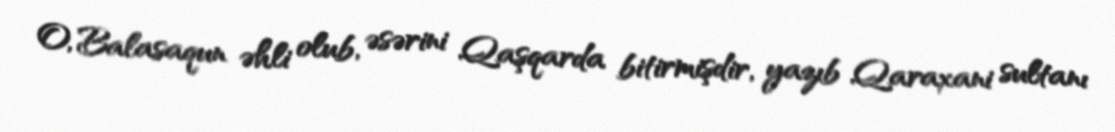
O, Balasaqun əhli olub, əsərini Qaşqarda bitirmişdir, yazıb Qaraxani sultanı